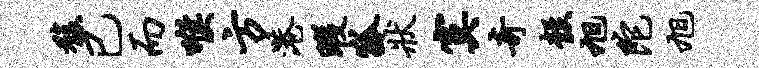
馥已而喉方港暇狐状寞奇彀旭陀旭